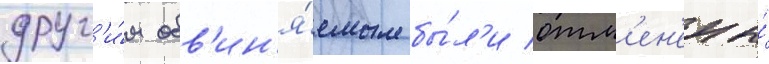
друг'и́м обв'ин'я́емым бы́л'и отм'ен'ены́